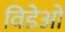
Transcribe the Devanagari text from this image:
विडेओ